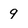
Character: 9